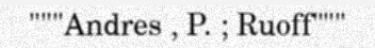
"""Andres , P. ; Ruoff"""